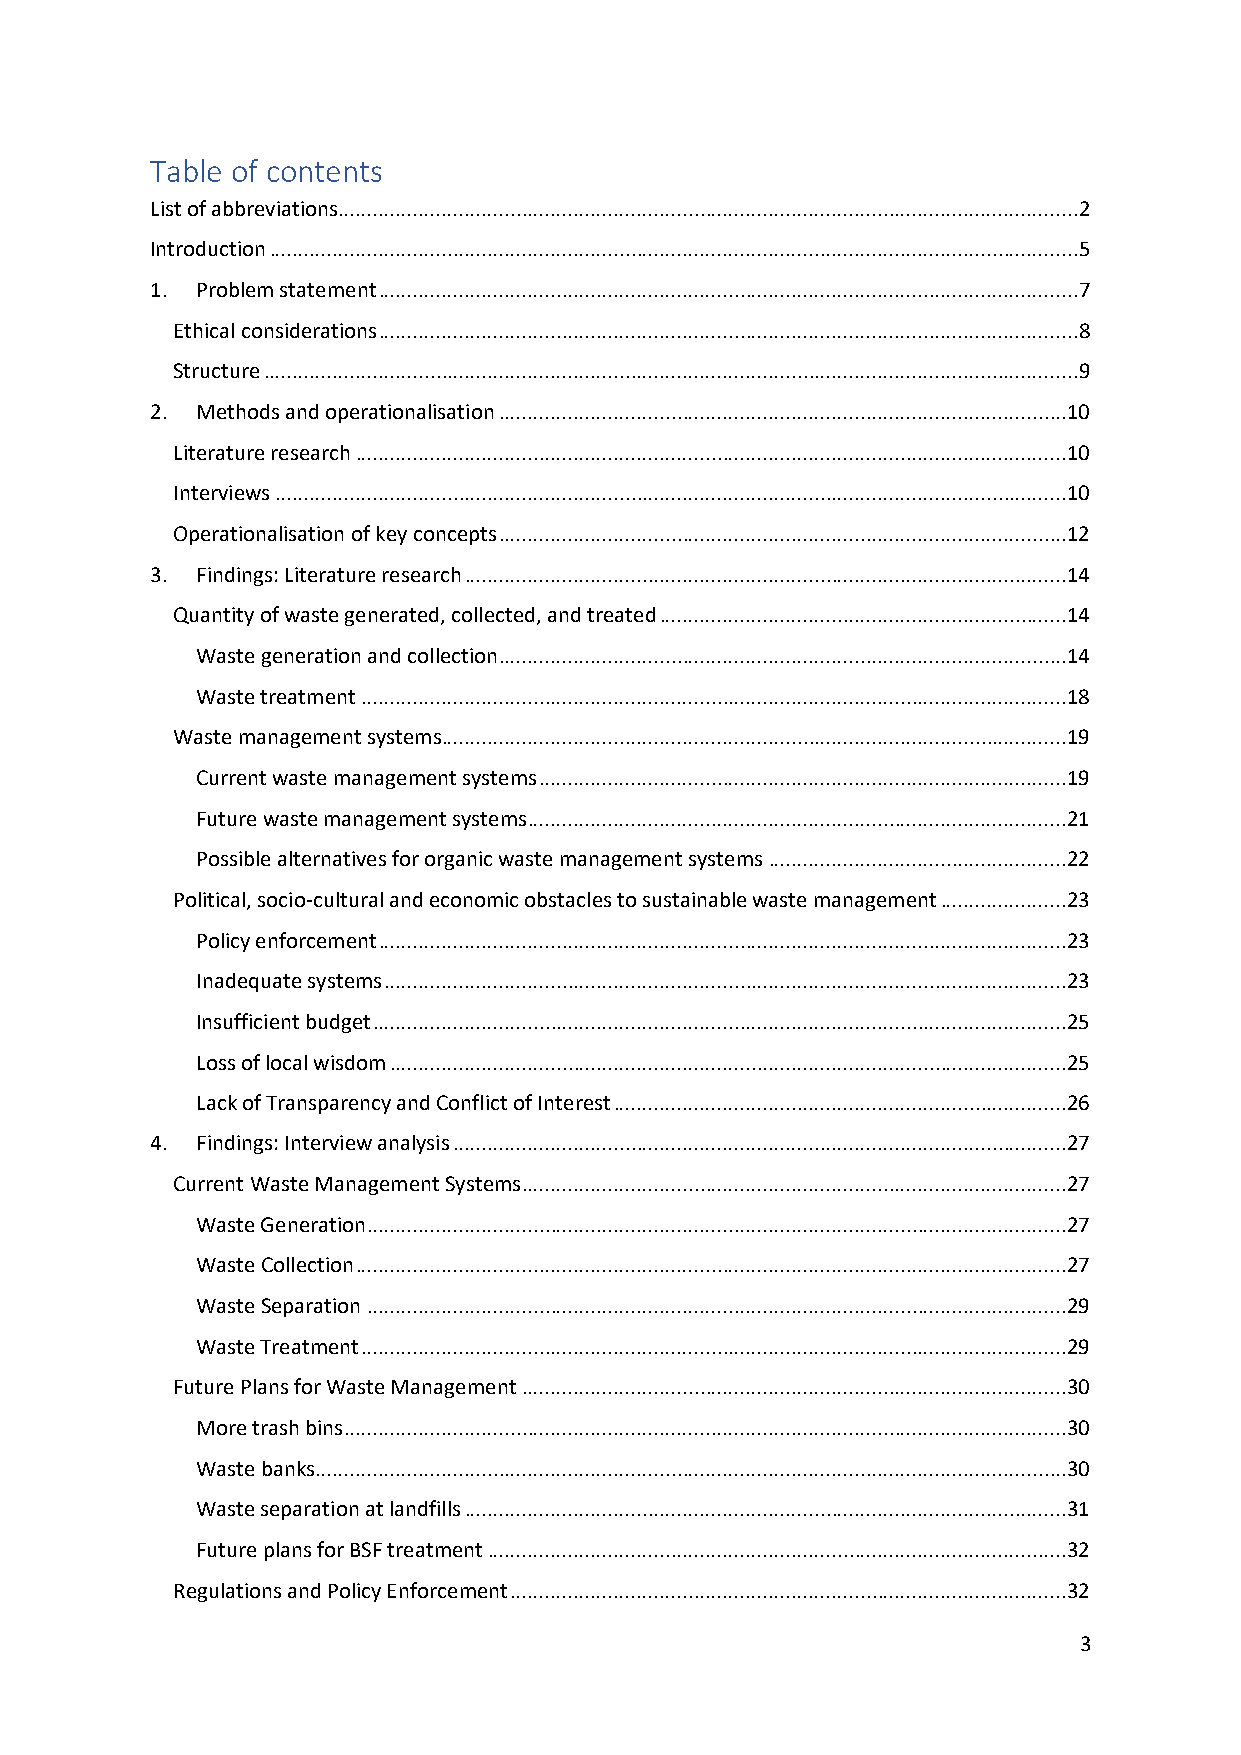
Table of contents
 List of abbreviations................................................................................................................................. 2
 Introduction ............................................................................................................................................. 5
 1. Problem statement .......................................................................................................................... 7
 Ethical considerations .......................................................................................................................... 8
 Structure .............................................................................................................................................. 9
 2. Methods and operationalisation ...................................................................................................10
 Literature research ............................................................................................................................10
 Interviews ..........................................................................................................................................10
 Operationalisation of key concepts ...................................................................................................12
 3. Findings: Literature research .........................................................................................................14
 Quantity of waste generated, collected, and treated .......................................................................14
 Waste generation and collection ...................................................................................................14
 Waste treatment ...........................................................................................................................18
 Waste management systems.............................................................................................................19
 Current waste management systems ............................................................................................19
 Future waste management systems..............................................................................................21
 Possible alternatives for organic waste management systems ....................................................22
 Political, socio-cultural and economic obstacles to sustainable waste management ......................23
 Policy enforcement ........................................................................................................................23
 Inadequate systems .......................................................................................................................23
 Insufficient budget .........................................................................................................................25
 Loss of local wisdom ......................................................................................................................25
 Lack of Transparency and Conflict of Interest ...............................................................................26
 4. Findings: Interview analysis ...........................................................................................................27
 Current Waste Management Systems ...............................................................................................27
 Waste Generation ..........................................................................................................................27
 Waste Collection ............................................................................................................................27
 Waste Separation ..........................................................................................................................29
 Waste Treatment ...........................................................................................................................29
 Future Plans for Waste Management ...............................................................................................30
 More trash bins ..............................................................................................................................30
 Waste banks...................................................................................................................................30
 Waste separation at landfills .........................................................................................................31
 Future plans for BSF treatment .....................................................................................................32
 Regulations and Policy Enforcement .................................................................................................32
 3